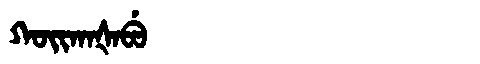
Manchu: ᡴᠣᡳᡴᠠᡧᠠᠪᡠ
Romanization: KOIKAŠABU